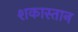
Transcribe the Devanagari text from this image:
शकास्तान